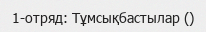
1-отряд: Тұмсықбастылар ()